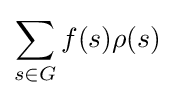
\sum _{s\in G}f(s)\rho (s)